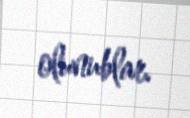
olunublar.